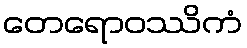
တေရောဝဿိကံ